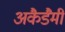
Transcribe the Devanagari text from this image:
अकैडैमी